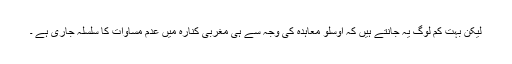
لیکن بہت کم لوگ یہ جانتے ہیں کہ اوسلو معاہدہ کی وجہ سے ہی مغربی کنارہ میں عدم مساوات کا سلسلہ جاری ہے ۔